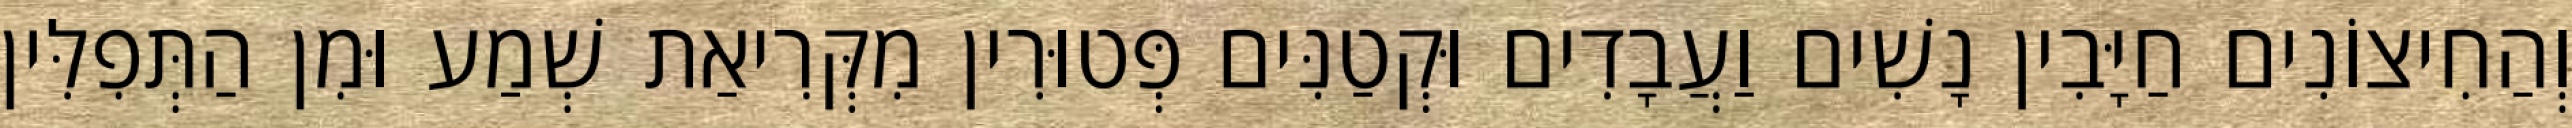
וְהַחִיצוֹנִים חַיָּבִין נָשִׁים וַעֲבָדִים וּקְטַנִּים פְּטוּרִין מִקְּרִיאַת שְׁמַע וּמִן הַתְּפִלִּין